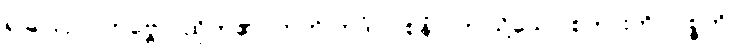
ရခြင်းငှာ။ ဘဗ္ဗော၊ ထိုက်၏။ ဣတိ ဣဒံ (ဝစနံ)၊ ဤသို့သော စကားကို။ ဝုစ္စတိ၊